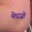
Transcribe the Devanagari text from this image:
मेधजो